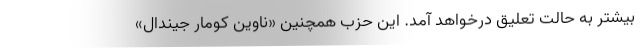
بیشتر به حالت تعلیق درخواهد آمد. این حزب همچنین «ناوین کومار جیندال»